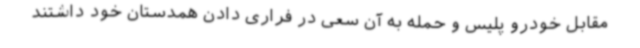
مقابل خودرو پلیس و حمله به آن سعی در فراری دادن همدستان خود داشتند